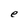
Character: e